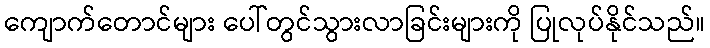
ကျောက်တောင်များ ပေါ်တွင်သွားလာခြင်းများကို ပြုလုပ်နိုင်သည်။